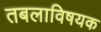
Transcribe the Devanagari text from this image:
तबलाविषयक